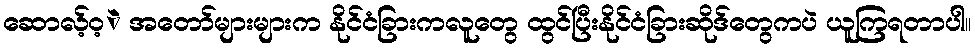
ဆောလ့်ဝ့ဲ အတော်များများက နိုင်ငံခြားကလူတွေ ထွင်ပြီးနိုင်ငံခြားဆိုဒ်တွေကပဲ ယူကြရတာပါ။